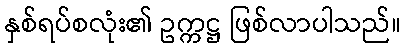
နှစ်ရပ်စလုံး၏ ဥက္ကဋ္ဌ ဖြစ်လာပါသည်။